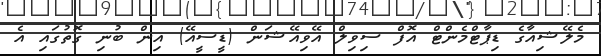
މެލޭޝިއާގެ ޑިޕާޓްމެންޓް އޮފް ސިވިލް އޭވިއޭޝަން (ޑީސީއޭ) އިން ބުނި ގޮތުގައި އެ